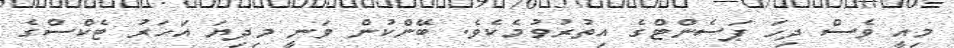
މިއީ ވެސް ދިހަ ޕަސެންޓްގެ އިތުރުވުމެކެވެ. ބޭންކުން ވަނީ މިދިޔަ އަހަރު ޓެކްސްގެ